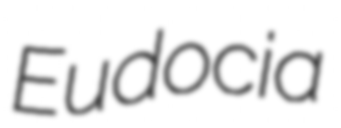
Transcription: Eudocia